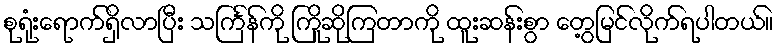
စုရုံးရောက်ရှိလာပြီး သင်္ကြန်ကို ကြိုဆိုကြတာကို ထူးဆန်းစွာ တွေ့မြင်လိုက်ရပါတယ်။